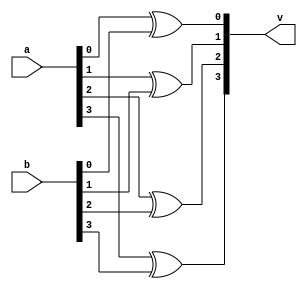
`timescale 1ns / 1ps
//////////////////////////////////////////////////////////////////////////////////
// Company: 
// Engineer: 
// 
// Design Name: 
// Module Name:    xor_opration 
// Project Name: 
// Target Devices: 
// Tool versions: 
// Description: 
//
// Dependencies: 
//
// Revision: 
// Revision 0.01 - File Created
// Additional Comments: 
//
//////////////////////////////////////////////////////////////////////////////////
module xor_opration(v,a,b);
input  [3:0]a;
input  [3:0]b;
output [3:0]v;
xor(v[0],a[0],b[0]);
xor(v[1],a[1],b[1]);
xor(v[2],a[2],b[2]);
xor(v[3],a[3],b[3]);
endmodule